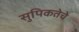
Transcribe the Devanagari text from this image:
सुपिकतेचे